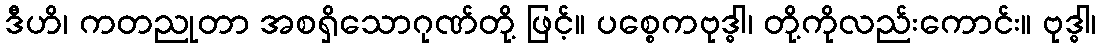
ဒီဟိ၊ ကတညုတာ အစရှိသောဂုဏ်တို့ ဖြင့်။ ပစ္စေကဗုဒ္ဓါ၊ တို့ကိုလည်းကောင်း။ ဗုဒ္ဓါ၊